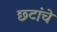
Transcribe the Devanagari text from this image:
छ्टांचे